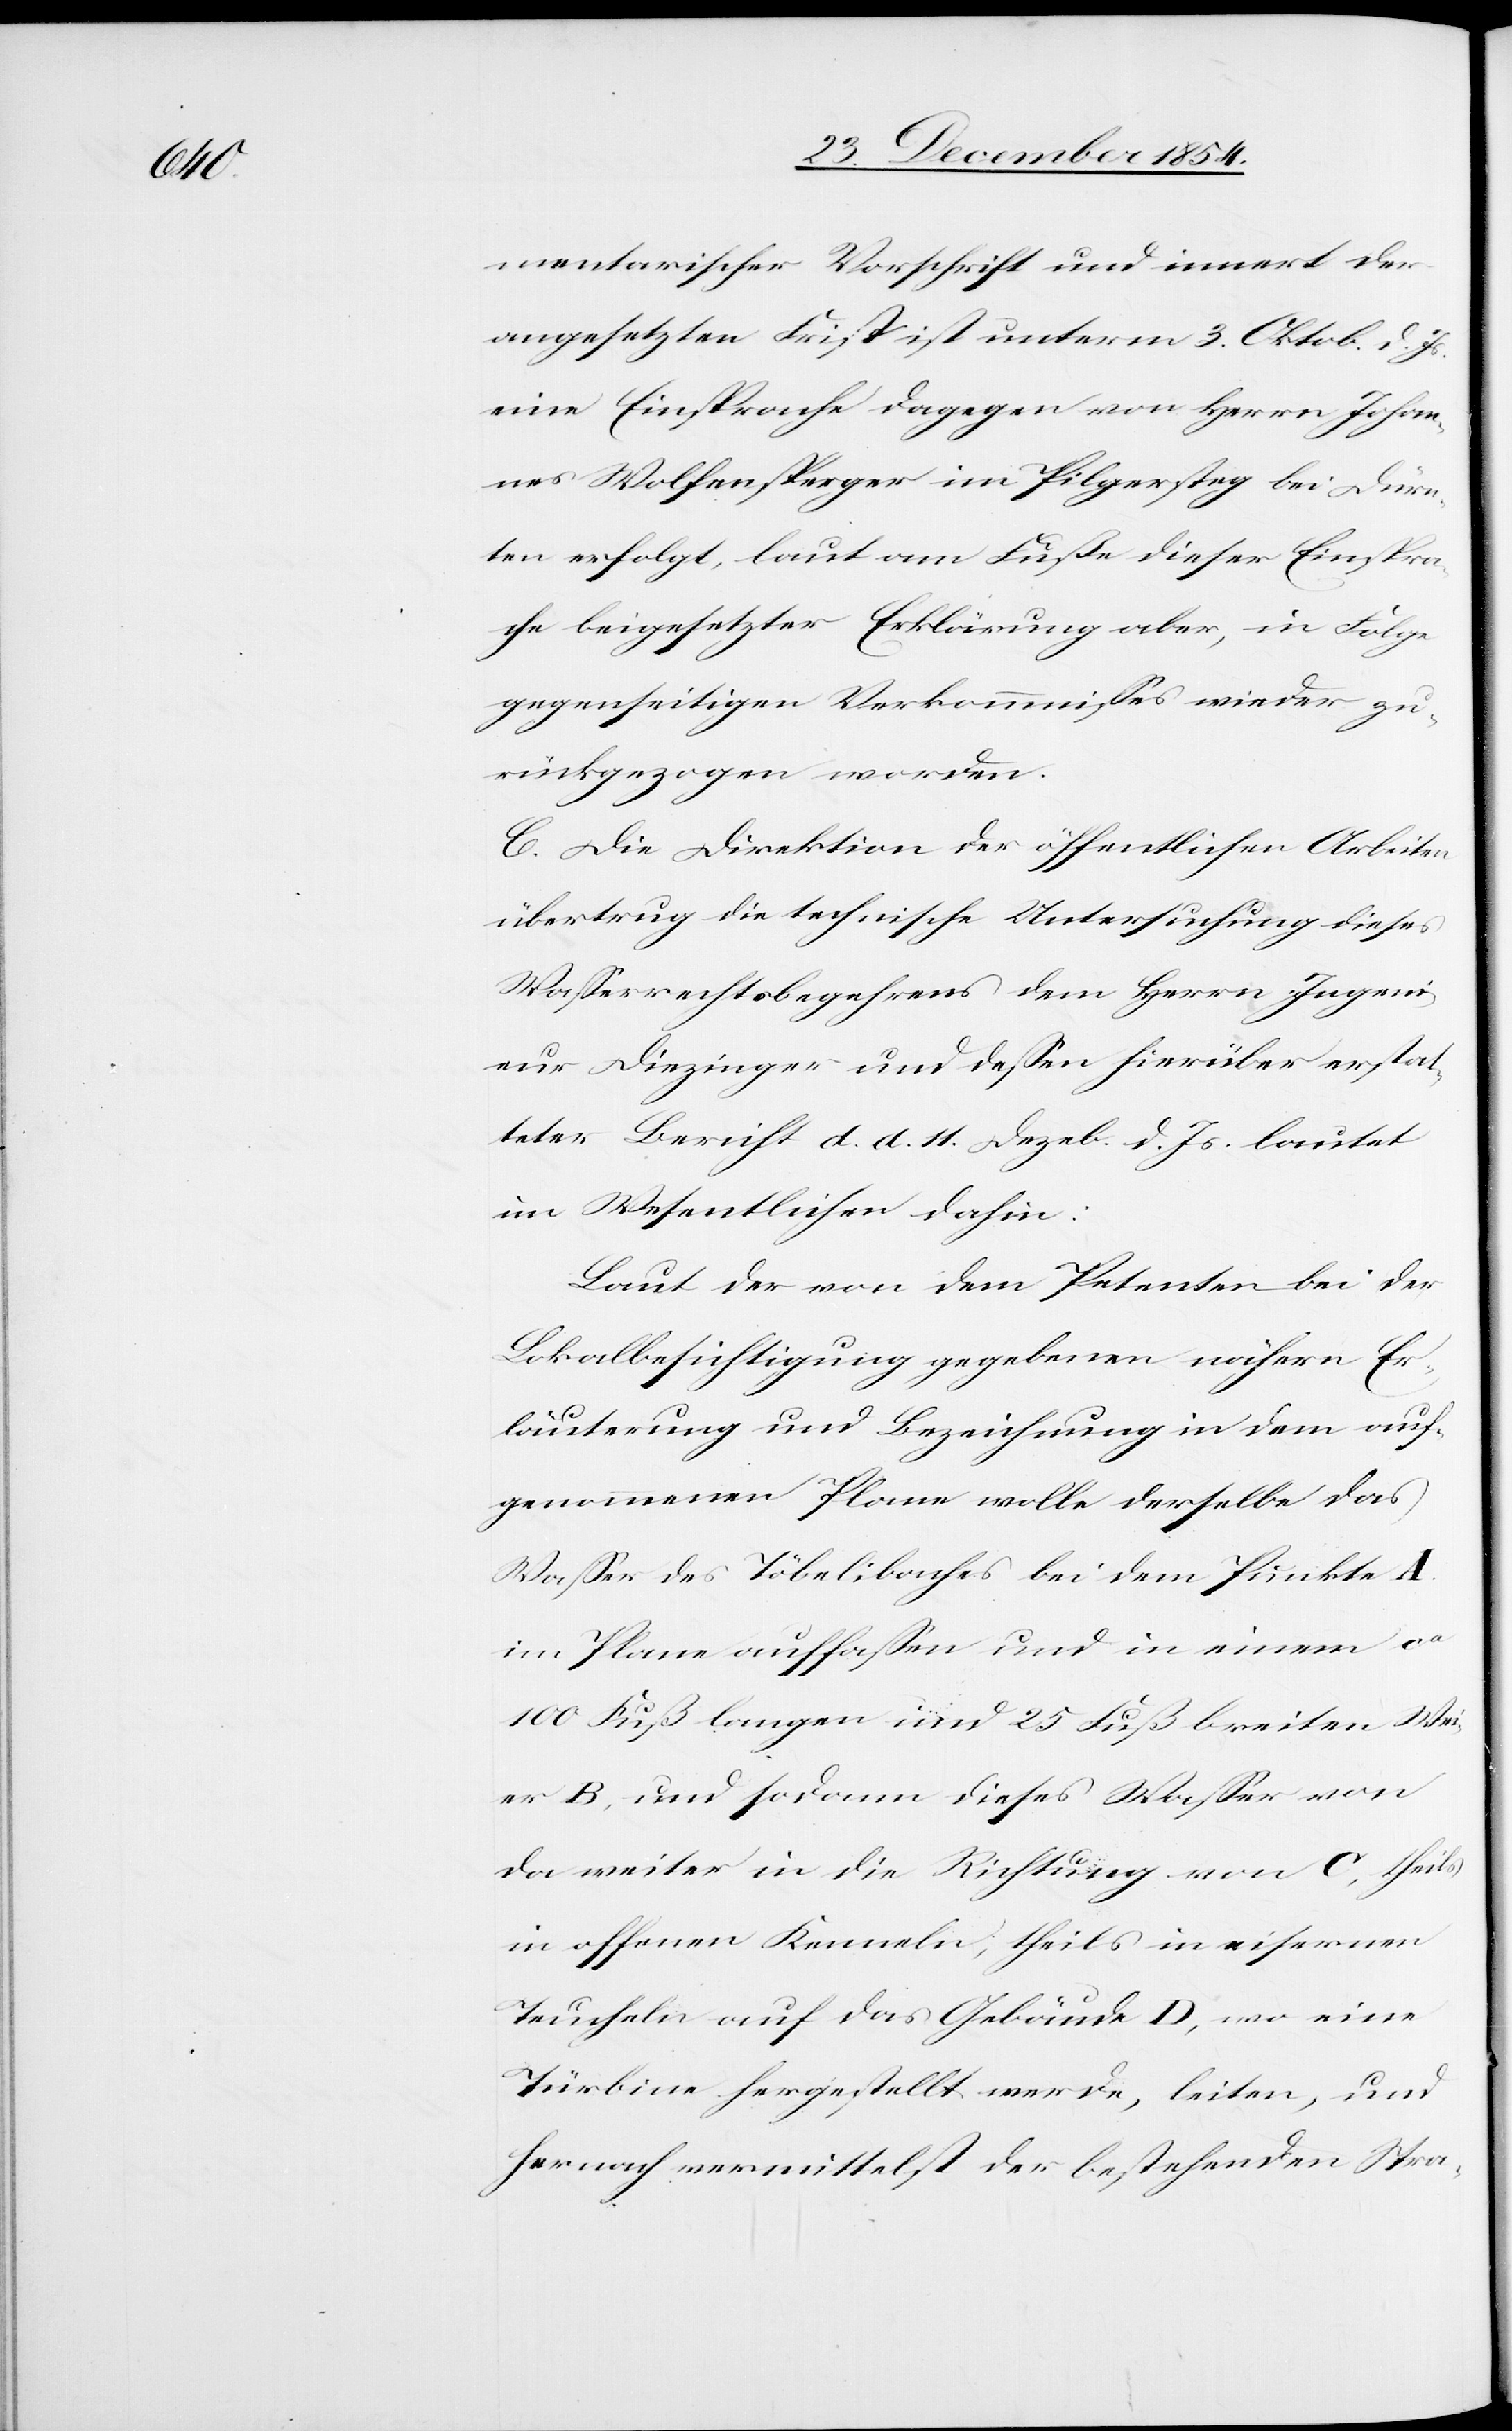
mentarischer Vorschrift und innert der
angesetzten Frist ist unterm 3. Oktob. d. Js.
eine Einsprache dagegen von Herrn Johan¬
nes Wolfensperger im Pilgersteg bei Dürn¬
ten erfolgt, laut am Fuße dieser Einspra¬
che beigesetzten Erklärung aber, in Folge
gegenseitigen Verkommmnißes wieder zu¬
rückgezogen worden.
C. Die Direktion der öffentlichen Arbeiten
übertrug die technische Untersuchung dieses
Waßerrechtsbegehrens dem Herrn Ingeni¬
eur Diezinger und deßen hierüber erstat¬
teter Bericht d. d. 11. Dezeb. d. Js. lautet
im Wesentlichen dahin:
Laut der von dem Petenten bei der
Lokalbesichtigung gegebenen nähern Er¬
läuterung und Bezeichnung in dem auf¬
genommenen Plane wolle derselbe das
Waßer des Töbelibaches bei dem Punkte A.
im Plane auffaßen und in einem ca
100 Fuß langen und 25 Fuß breiten Wei¬
er B, und sodann dieses Waßer von
da weiter in die Richtung von C, theils
in offenen Kemmeln, theils in eisernen
Teucheln auf das Gebäude D, wo eine
Türbine hergestellt werde, leiten, und
hernach vermittelst der bestehenden Stra-